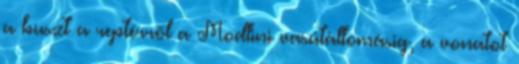
a buszt a reptérről a Modlini vasútállomásig, a vonatot